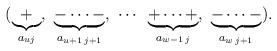
LaTeX: \begin{align*}& (\underbrace{+}_{a_{u j}},\ \underbrace{-\dots -}_{a_{u+1\, j+1}},\ \cdots\,\ \underbrace{+\dots +}_{a_{w-1\, j}},\ \underbrace{-\dots -}_{a_{w\, j+1}}).\end{align*}